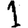
Digit: 1